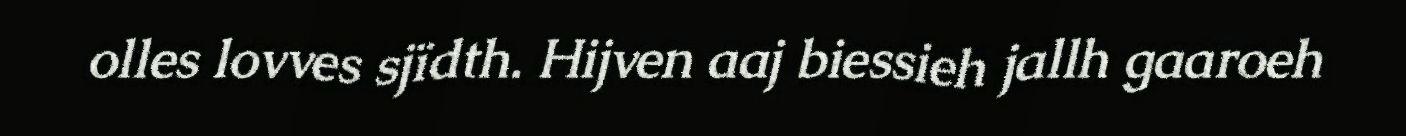
olles lovves sjïdth. Hijven aaj biessieh jallh gaaroeh